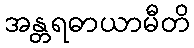
အန္တရဓာယာမီတိ